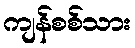
ကျန်စစ်သား